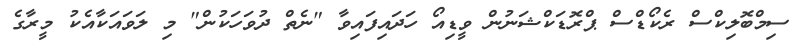
ސިމްބޮލިކްސް ރެކޯޑްސް ޕްރޮޑަކްޝަނުން ވީޑިއޯ ހަދައިފައިވާ "ނެތް ދުވަހަކުން" މި ލަވައަކާއެކު މީރާގެ